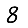
Digit: 8